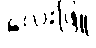
လေးဖြူ